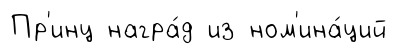
Пр'инц награ́д из ном'ина́ций